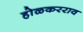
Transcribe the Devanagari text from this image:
होळकरराव